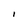
Character: 1